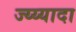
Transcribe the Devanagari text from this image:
ज्य्य्यादा